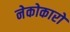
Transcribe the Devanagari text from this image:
नेकोकारो